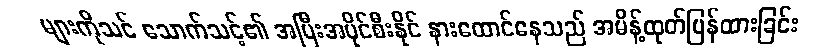
များကိုသင် သောက်သင့်၏ အပြီးအပိုင်စီးနိုင် နားထောင်နေသည် အမိန့်ထုတ်ပြန်ထားခြင်း